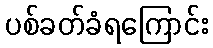
ပစ်ခတ်ခံရကြောင်း